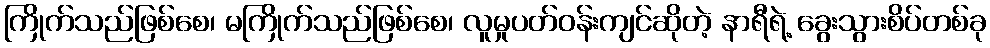
ကြိုက်သည်ဖြစ်စေ၊ မကြိုက်သည်ဖြစ်စေ၊ လူမှုပတ်ဝန်းကျင်ဆိုတဲ့ နာရီရဲ့ ခွေးသွားစိပ်တစ်ခု